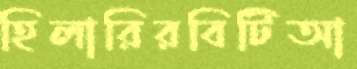
হিলারিরবিটিআ